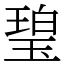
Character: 𤧥